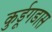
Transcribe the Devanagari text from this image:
कुर्डूगडास